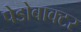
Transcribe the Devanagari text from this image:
पेडोबाक्टर